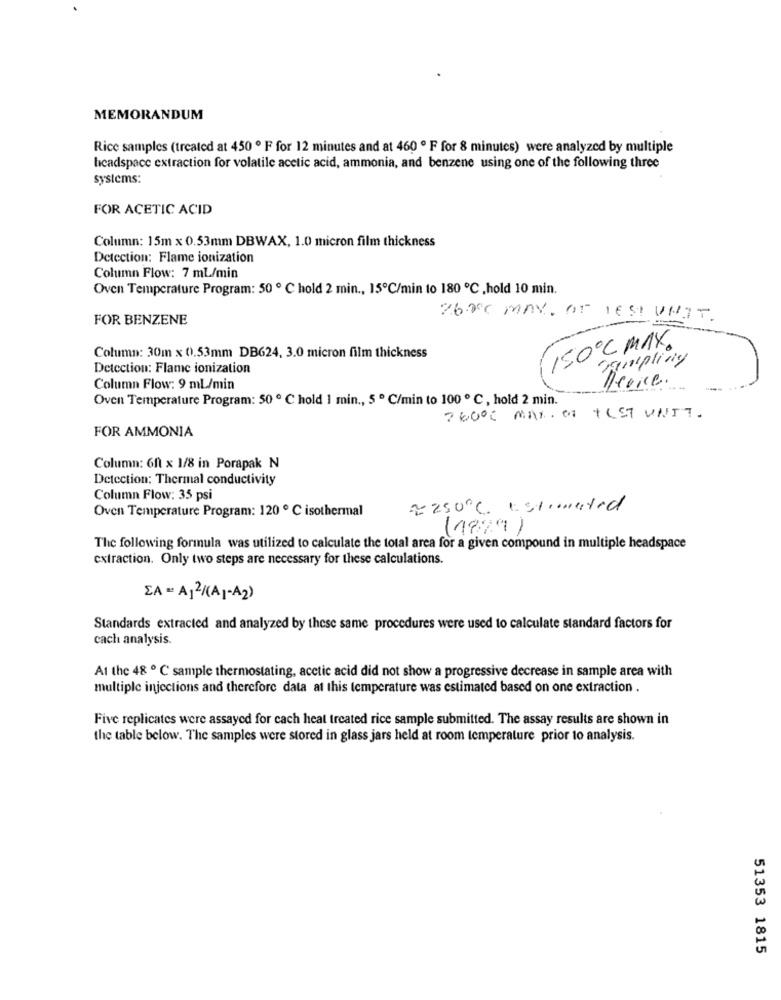
MEMORANDUM
Rice samples (treated at 450 º F for 12 minutes and at 460 º F for 8 minutes) were analyzed by multiple
licadspace extraction for volatile acetic acid, ammonia, and benzene using one of the following three
systems:
FOR ACETIC ACID
Column: 15m x 0.53mm DBWAX, 1.0 micron film thickness
Detection: Flame ionization
Column Flow: 7 mL/min
Oven Temperature Program: 50 º ℃ hold 2 min ., 15℃/min to 180 ℃ ,hold 10 min.
FOR BENZENE
26.00 MAY. OF TEST UNIT.
150ºC MAX.
Column: 30m x 0.53mm DB624, 3.0 micron film thickness
Sampling
Detection: Flame ionization
Device.
Column Flow: 9 mL/min
Oven Temperature Program: 50 º C hold 1 min ., 5 º C/min to 100 º C, hold 2 min.
76000 MAX. OF TEST UNIT.
FOR AMMONIA
Column: 6ft x 1/8 in Porapak N
Detection: Thermal conductivity
Column Flow: 35 psi
Oven Temperature Program: 120 ℃ isothermal
2250℃ Estimated
(1889)
The following formula was utilized to calculate the total area for a given compound in multiple headspace
extraction. Only two steps are necessary for these calculations.
CA = A12/(A1-A2)
Standards extracted and analyzed by these same procedures were used to calculate standard factors for
cach analysis.
At the 48 º C sample thermostating, acetic acid did not show a progressive decrease in sample area with
multiple injections and therefore data at this temperature was estimated based on one extraction .
Five replicates were assayed for cach heat treated rice sample submitted. The assay results are shown in
the table below. The samples were stored in glass jars held at room temperature prior to analysis.
51353 1815